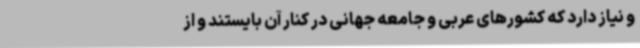
و نیاز دارد که کشورهای عربی و جامعه جهانی در کنار آن بایستند و از